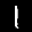
Label: 1